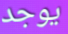
يوجد